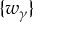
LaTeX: \{ w _ { \gamma } \}